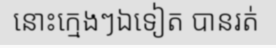
នោះក្មេងៗឯទៀត បានរត់